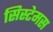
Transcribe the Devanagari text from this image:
सिस्टेमस